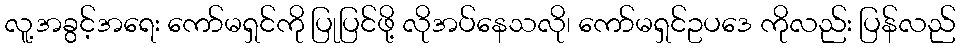
လူ့အခွင့်အရေး ကော်မရှင်ကို ပြုပြင်ဖို့ လိုအပ်နေသလို၊ ကော်မရှင်ဥပဒေ ကိုလည်း ပြန်လည်